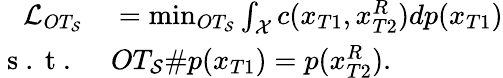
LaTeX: \begin{array}{rl}{\mathcal{L}_{OT_{\mathcal{S}}}}&{{}=\operatorname*{min}_{OT_{\mathcal{S}}}\int_{\mathcal{X}}c(x_{T1},x_{T2}^{R})dp(x_{T1})}\\ {\mathrm{~s~.~t~.~}}&{{}OT_{\mathcal{S}}\# p(x_{T1})=p(x_{T2}^{R}).}\end{array}